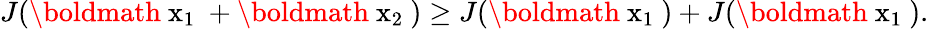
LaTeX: J(\mathrm{\boldmath~x_{1}~}+\mathrm{\boldmath~x_{2}~})\ge J(\mathrm{\boldmath~x_{1}~})+J(\mathrm{\boldmath~x_{1}~}).